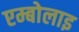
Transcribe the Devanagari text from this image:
एम्बोलाइ